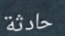
حادثة